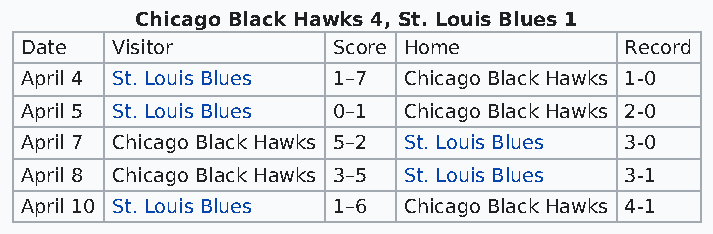
Chicago Black Hawks 4, St. Louis Blues 1
 Date  Visitor        Score Home         Record
 April 4 St. Louis Blues 1–7 Chicago Black Hawks 1-0
 April 5 St. Louis Blues 0–1 Chicago Black Hawks 2-0
 April 7 Chicago Black Hawks 5–2 St. Louis Blues 3-0
 April 8 Chicago Black Hawks 3–5 St. Louis Blues 3-1
 April 10 St. Louis Blues 1–6 Chicago Black Hawks 4-1